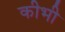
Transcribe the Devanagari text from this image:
कीभी